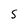
Character: s